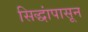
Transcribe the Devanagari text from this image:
सिद्धांपासून